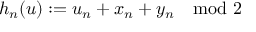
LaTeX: h _ { n } ( u ) : = u _ { n } + x _ { n } + y _ { n } \mod 2